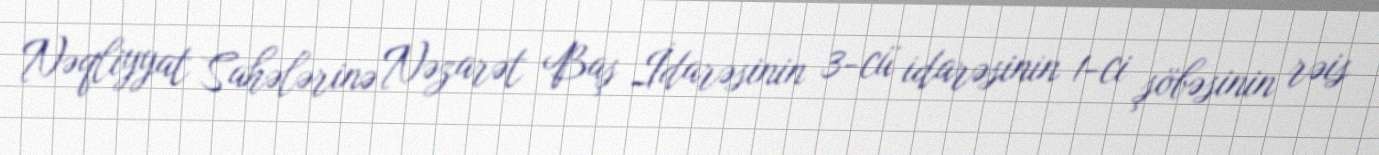
Nəqliyyat Sahələrinə Nəzarət Baş İdarəsinin 3-cü idarəsinin 1-ci şöbəsinin rəis